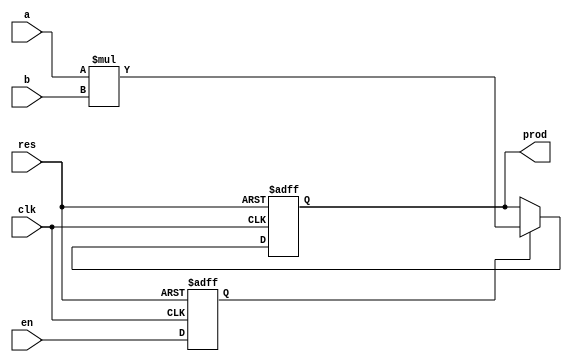
module mcp_check (input clk , input res  , input [7:0] a , input [7:0] b, input en , output reg [15:0] prod);

reg valid; 

always @ (posedge clk , posedge res)
begin
	if(res)
		valid <= 1'b0;
	else 
		valid <= en;
end



always @ (posedge clk , posedge res)
begin
	if(res)
		prod <= 16'b0;
	else if (valid)
		prod <= a * b;
end

endmodule